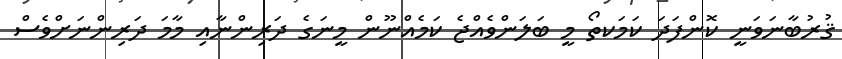
ޤުރުބާނަވަނީ ކޮންފަދަ ކަމަކތޯ މީ ބަލަންވެއްޖެ ކަމެއްނޫން މީނަގެ ދަރިންނާއި މާމަ ދަރިންނަށްވެސް